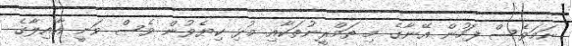
ނަމަވެސް ފަހުން އޭނާގެ މި ތަމްރީނުތަކާއި މުޅި ކިޔެވުން ވެސް ވަނީ އާއިލާގެ